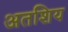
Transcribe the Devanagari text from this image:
अतशिय